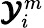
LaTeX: \pmb{\mathcal{Y}}_{i}^{m}